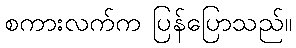
စကားလက်က ပြန်ပြောသည်။